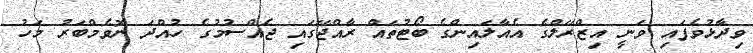
ވިދާޅުވެފައި ވަނީ އިޒްރޭލްގެ އެއާލައިންގެ ބޯޓުތައް ރާއްޖޭގައި ޖެއްސުމުގެ ހުއްދަ ނޮވެމްބަރު މަހު